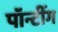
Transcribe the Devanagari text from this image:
पॉन्टींग